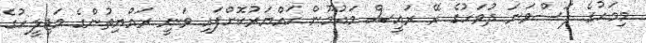
މިމަހުގެ ފަސްވަނަ ދުވަހުގެ ރޭ ރައީސް މައުމޫން ހައްޔަރުކޮށްފައި ވަނީ ރައްޔިތުންގެ މަޖިލީހުގެ